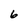
Character: 6